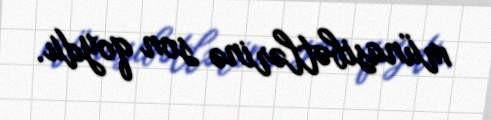
münasibətlərinə son qoydu.